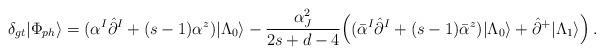
LaTeX: \begin{align*}\delta_{gt}|\Phi_{ph}\rangle=(\alpha^I\hat{\partial}^I+(s-1)\alpha^z)|\Lambda_0\rangle-\frac{\alpha_J^2}{2s+d-4}\Bigl((\bar{\alpha}^I\hat{\partial}^I+(s-1)\bar{\alpha}^z)|\Lambda_0\rangle+\hat{\partial}^+|\Lambda_1\rangle\Bigr)\,.\end{align*}